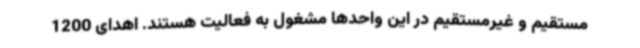
مستقیم و غیرمستقیم در این واحدها مشغول به فعالیت هستند. اهدای 1200